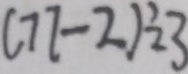
( 7 7 - 2 ) \div 3